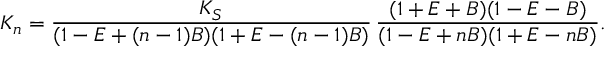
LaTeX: K _ { n } = \frac { K _ { S } } { ( 1 - E + ( n - 1 ) B ) ( 1 + E - ( n - 1 ) B ) } \, \frac { ( 1 + E + B ) ( 1 - E - B ) } { ( 1 - E + n B ) ( 1 + E - n B ) } .